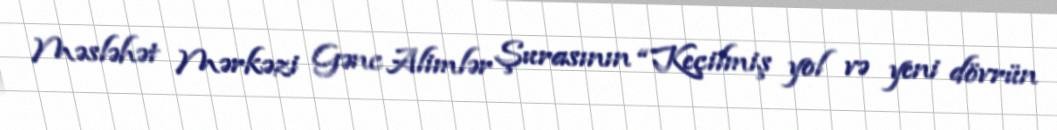
Məsləhət Mərkəzi Gənc Alimlər Şurasının “Keçilmiş yol və yeni dövrün